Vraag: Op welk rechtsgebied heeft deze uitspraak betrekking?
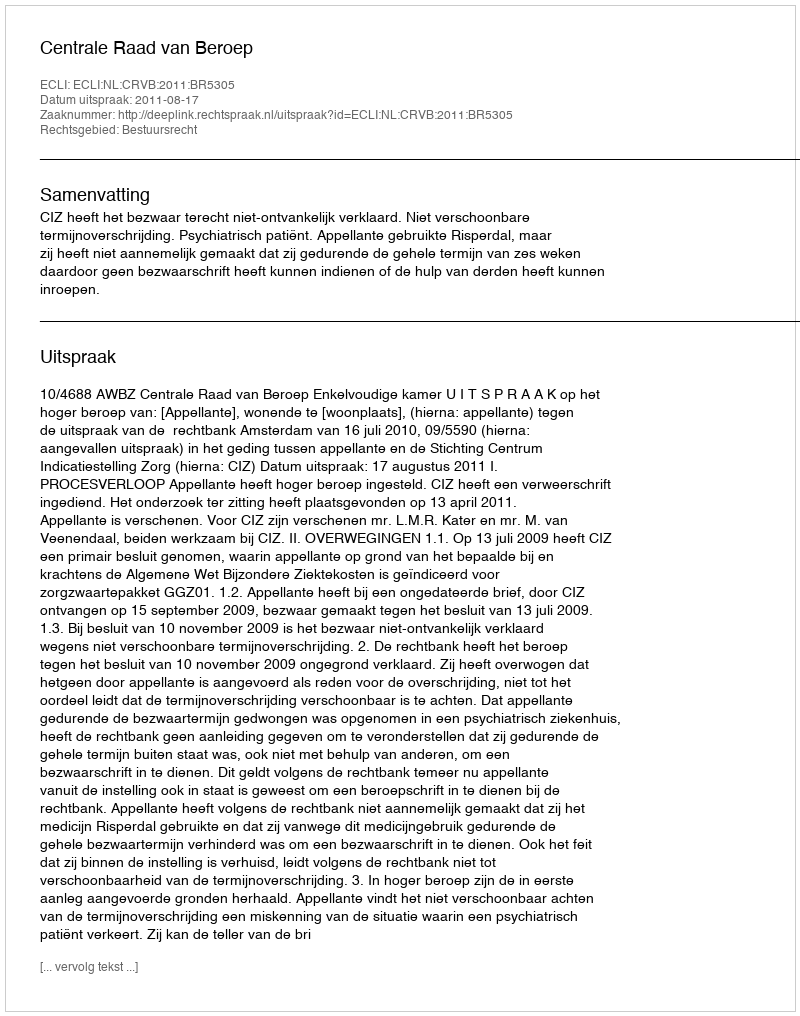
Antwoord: Bestuursrecht